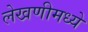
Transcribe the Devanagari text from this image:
लेखणीमध्ये